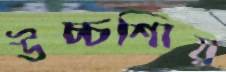
উচ্চশিায়